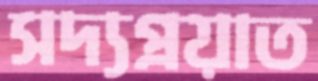
সদ্যপ্রয়াত